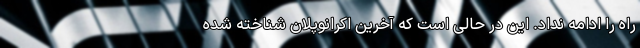
راه را ادامه نداد. این در حالی است که آخرین اکرانوپلان شناخته شده